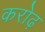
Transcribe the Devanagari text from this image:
करोढ़